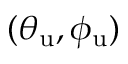
( \theta _ { \mathrm { u } } , \phi _ { \mathrm { u } } )